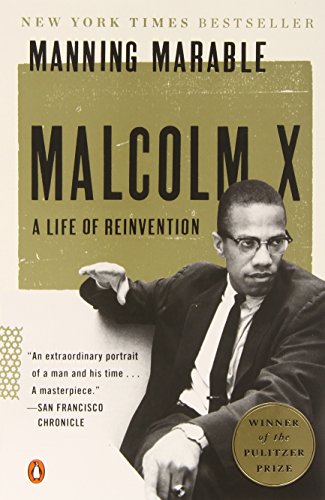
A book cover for Malcolm X: A Life of Reinvention; Manning Marable; Biographies & Memoirs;